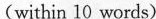
(within 10 words)